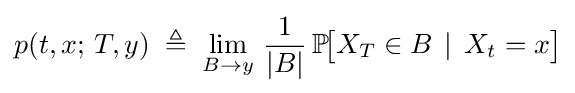
p(t,x;\,T,y)\;\triangleq \;\lim _{B\to y}\,{\frac {1}{|B|}}\,\mathbb {P} \!{\bigl [}X_{T}\in B\,\mid \,X_{t}=x{\bigr ]}